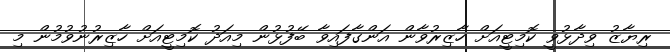
ރިޔާޒު ވިދާޅުވީ ކޮމިޓީއަށް ހާޒިރުވާން އަންގާފައިވާ ބޭފުޅުން މިއަދު ކޮމިޓީއަށް ހާޒިރުނުވުމުން މި